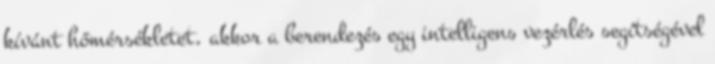
kívánt hőmérsékletet, akkor a berendezés egy intelligens vezérlés segítségével